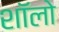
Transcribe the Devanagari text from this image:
शॉलो